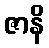
ဇာနိ